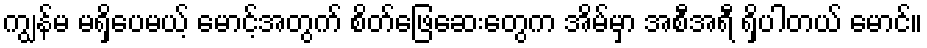
ကျွန်မ မရှိပေမယ့် မောင့်အတွက် စိတ်ဖြေဆေးတွေက အိမ်မှာ အစီအရီ ရှိပါတယ် မောင်။